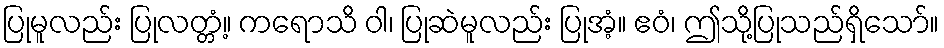
ပြုမူလည်း ပြုလတ္တံ့။ ကရောသိ ဝါ၊ ပြုဆဲမူလည်း ပြုအံ့။ ဧဝံ၊ ဤသို့ပြုသည်ရှိသော်။